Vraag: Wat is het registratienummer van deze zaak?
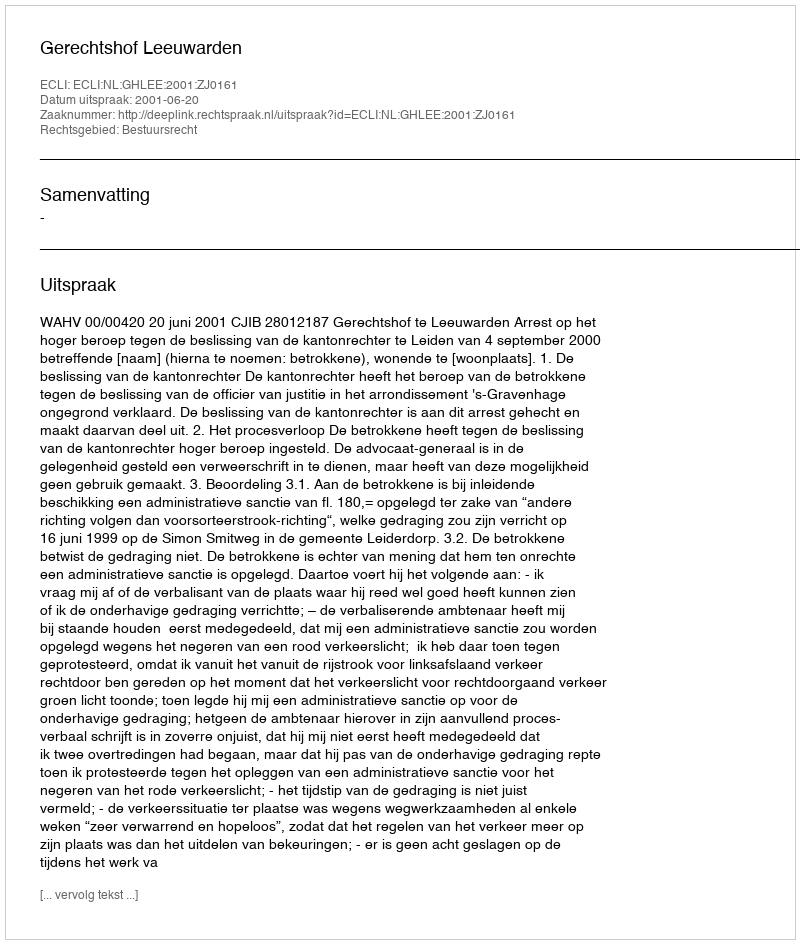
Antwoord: http://deeplink.rechtspraak.nl/uitspraak?id=ECLI:NL:GHLEE:2001:ZJ0161